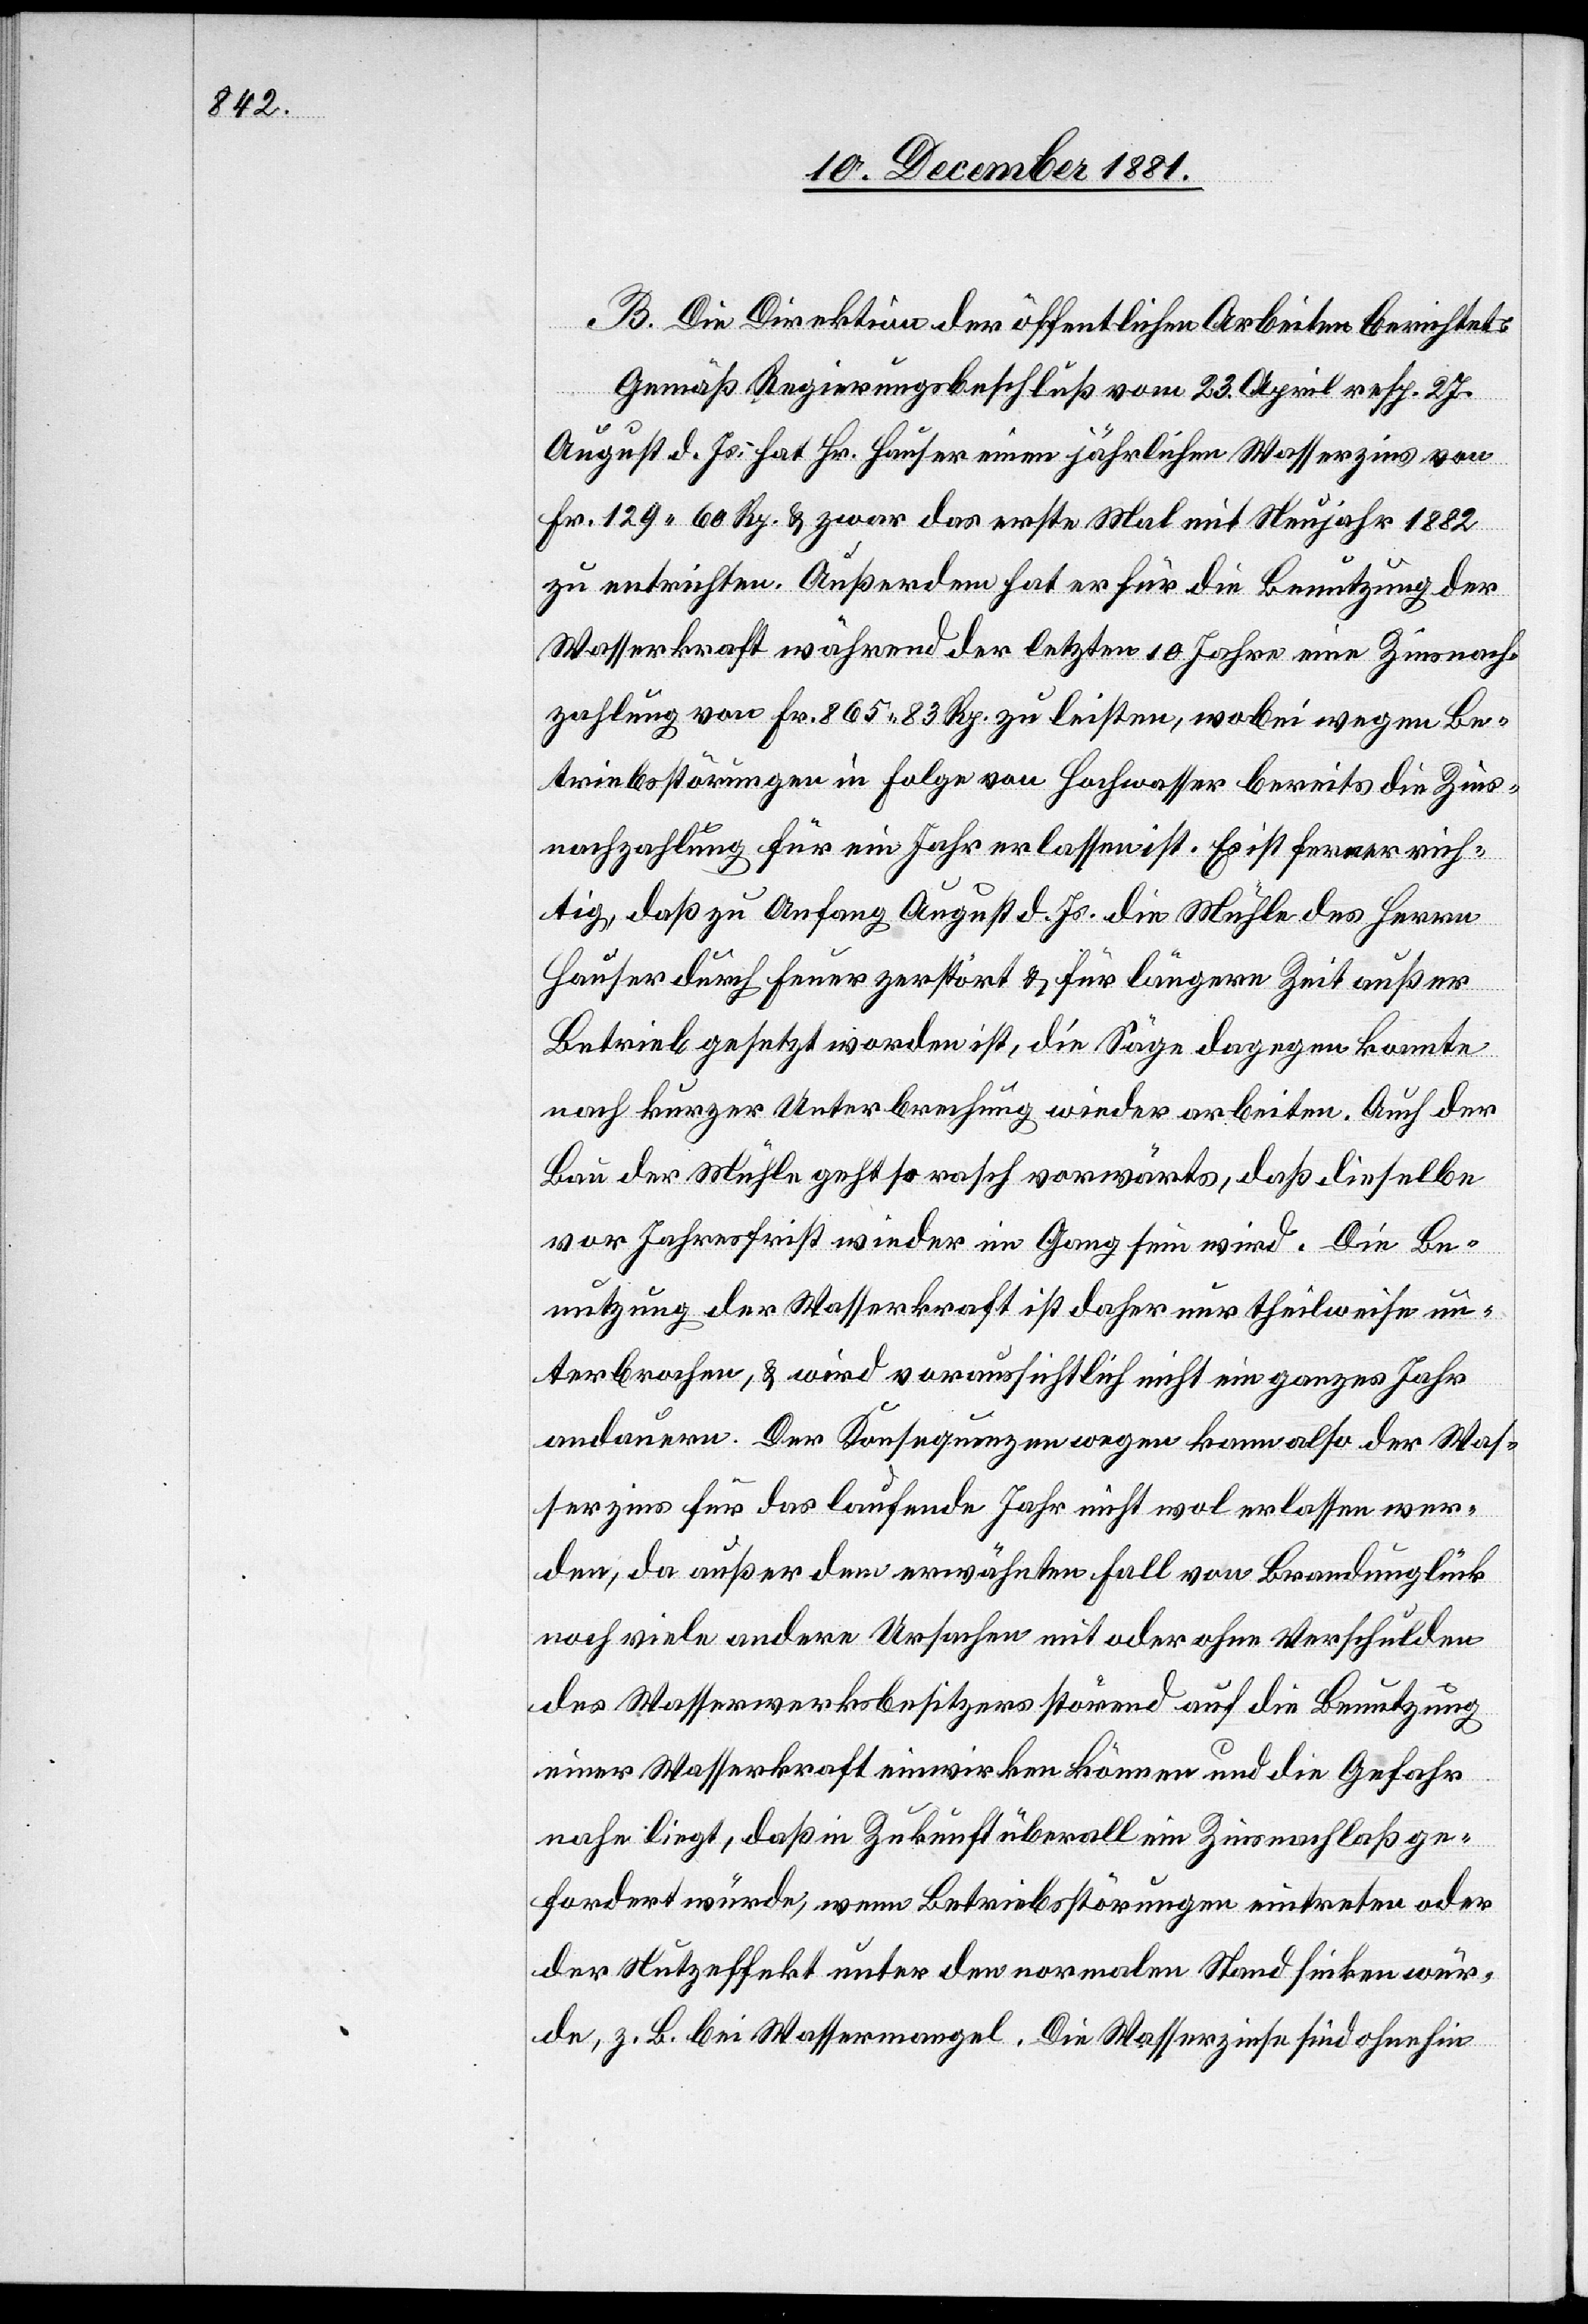
B. Die Direktion der öffentlichen Arbeiten berichtet:
Gemäß Regierungsbeschluß vom 23. April resp. 27.
August d. Js. hat Hr. Hauser einen jährlichen Wasserzins von
Fr. 129 60 Rp. & zwar das erste Mal mit Neujahr 1882
zu entrichten. Außerdem hat er für die Benutzung der
Wasserkraft während der letzten 10 Jahre eine Zinsnach¬
zahlung von Fr. 865 83 Rp. zu leisten, wobei wegen Be¬
triebsstörungen in Folge von Hochwasser bereits die Zins¬
nachzahlung für ein Jahr erlassen ist. Es ist ferner rich¬
tig, daß zu Anfang August d. Js. die Mühle des Herrn
Hauser durch Feuer zerstört & für längere Zeit außer
Betrieb gesetzt worden ist, die Säge dagegen konnte
nach kurzer Unterbrechung wieder arbeiten. Auch der
Bau der Mühle geht so rasch vorwärts, daß dieselbe
vor Jahresfrist wieder im Gang sein wird. Die Be¬
nutzung der Wasserkraft ist daher nur theilweise un¬
terbrochen, & wird voraussichtlich nicht ein ganzes Jahr
andauern. Der Konsequenzen wegen kann also der Was¬
serzins für das laufende Jahr nicht wol erlassen wer¬
den, da außer dem erwähnten Fall von Brandunglück
noch viele andere Ursachen mit oder ohne Verschulden
des Wasserwerksbesitzers störend auf die Benutzung
einer Wasserkraft einwirken können und die Gefahr
nahe liegt, daß in Zukunft überall ein Zinsnachlaß ge¬
fordert würde, wenn Betriebsstörungen eintreten oder
der Nutzeffekt unter den normalen Stand sinken wür¬
de, z. B. bei Wassermangel. Die Wasserzinse sind ohnehin